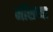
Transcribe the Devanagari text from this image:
मॉसच्या